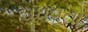
ઘૂઘવતો